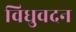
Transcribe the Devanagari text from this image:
विधुवदन